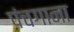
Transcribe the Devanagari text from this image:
पंचगाना